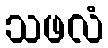
သဖလံ